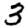
Digit: 3